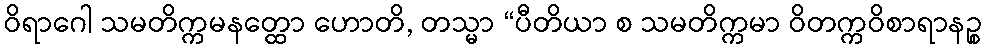
ဝိရာဂေါ သမတိက္ကမနတ္ထော ဟောတိ, တသ္မာ “ပီတိယာ စ သမတိက္ကမာ ဝိတက္ကဝိစာရာနဉ္စ